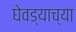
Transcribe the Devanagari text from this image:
घेवड्याच्या